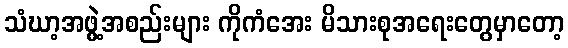
သံဃာ့အဖွဲ့အစည်းများ ကိုကံအေး မိသားစုအရေးတွေမှာတော့